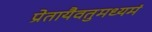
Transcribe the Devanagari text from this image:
प्रेतायैवतुमध्यमं